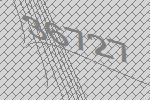
36727